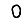
Digit: 0